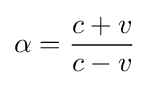
\alpha ={\frac {c+v}{c-v}}